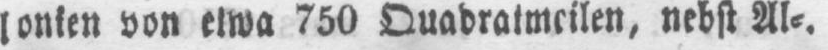
lonken von etwa 750 Quadratmeilen, nebst Al⸗.